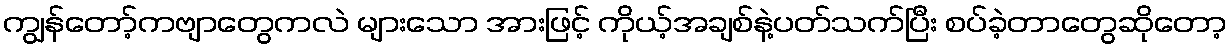
ကျွန်တော့်ကဗျာတွေကလဲ များသော အားဖြင့် ကိုယ့်အချစ်နဲ့ပတ်သက်ပြီး စပ်ခဲ့တာတွေဆိုတော့